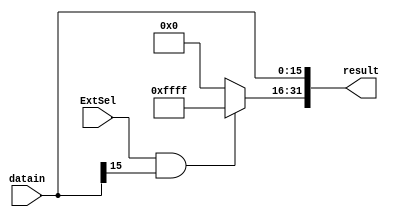
`timescale 1ns / 1ps
module extend(
	input [15:0] datain,
	input ExtSel,
	output reg [31:0] result
	);
	always@(datain or ExtSel) begin
		result[15:0]<=datain[15:0];
		if(ExtSel==1 && datain[15]==1)
			result[31:16]<=16'b1111_1111_1111_1111;
		else
			result[31:16]=0;
	end
endmodule